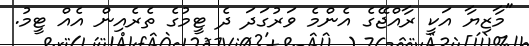
"މާޒިޔާ އަކީ ރާއްޖޭގެ އެންމެ ވަރުގަަދަ ދެ ޓީމުގެ ތެރެއިން އެއް ޓީމު.